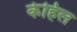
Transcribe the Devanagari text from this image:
केहिल